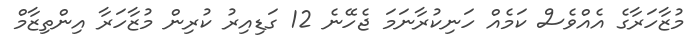
މުޒާހަރާގެ އެއްވެސް ކަމެއް ހަނިކުރާނަމަ ޖެހޭނެ 12 ގަޑިއިރު ކުރިން މުޒާހަރާ އިންތިޒާމް